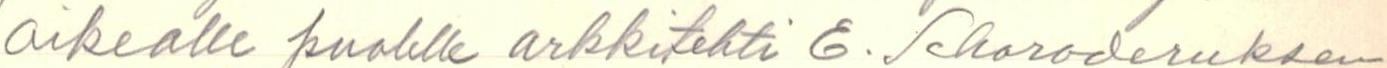
oikealle puolelle arkkitehti  E. Schoroderuksen